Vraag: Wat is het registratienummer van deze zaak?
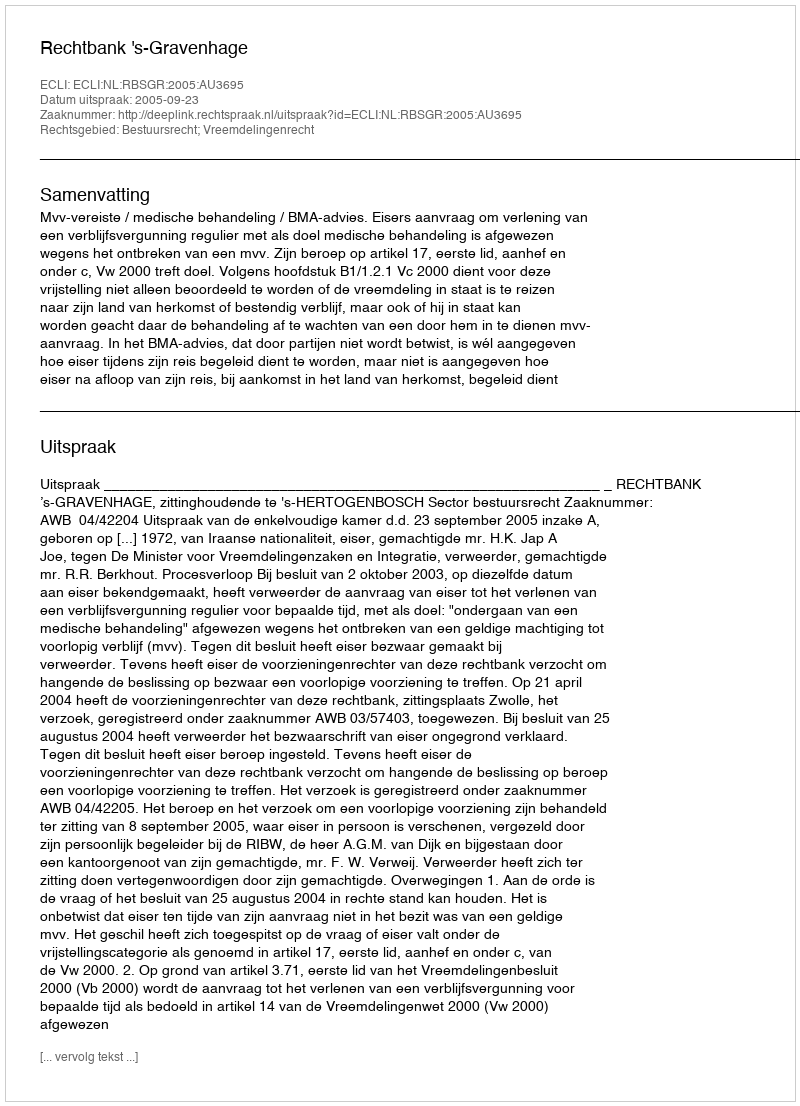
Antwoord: http://deeplink.rechtspraak.nl/uitspraak?id=ECLI:NL:RBSGR:2005:AU3695